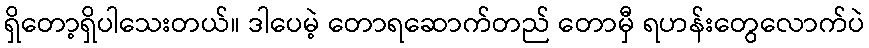
ရှိတော့ရှိပါသေးတယ်။ ဒါပေမဲ့ တောရဆောက်တည် တောမှီ ရဟန်းတွေလောက်ပဲ